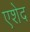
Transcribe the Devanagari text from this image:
एशेद